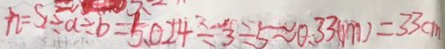
h = S \div a \div b = 5 . 0 2 4 \div 3 \div 5 \approx 0 . 3 3 ( m ) = 3 3 c m